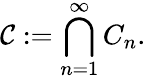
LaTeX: {\mathcal{C}}:=\bigcap_{n=1}^{\infty}C_{n}.